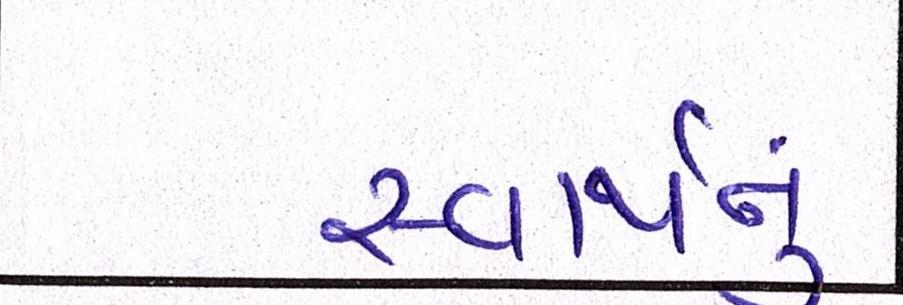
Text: સ્વાર્થનું